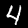
Digit: 4